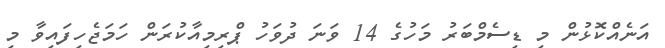
އަނެއްކޮޅުން މި ޑިސެމްބަރު މަހުގެ 14 ވަނަ ދުވަހު ޕްރިމިއާކުރަން ހަމަޖެހިފައިވާ މި